Vaccination North-Western Provinces 1866-1877 - 1866-1877
Year: 1866
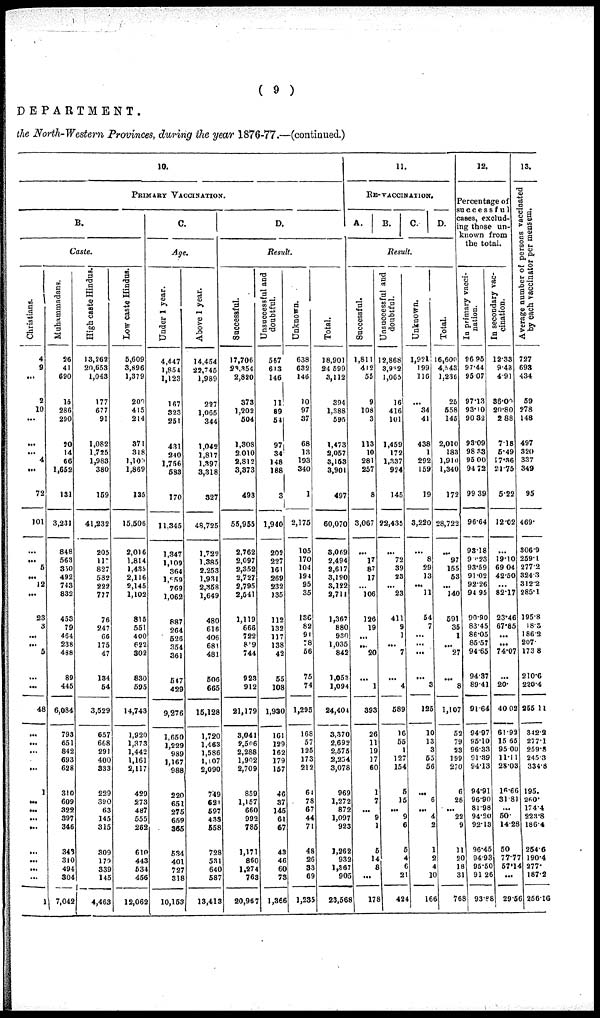
( 9 )
DEPARTMENT.
the North-Western Provinces, during the year 1876-77.—(continued.)
10.
PRIMARY VACCINATION.
B.
Caste.
Christians.
4
9
...
2
10
...
...
...
4
...
72
101
...
...
5
...
12
...
23
3
...
...
5
...
...
48
...
...
...
...
1
...
...
...
...
...
...
...
...
1
Muhammadans.
26
41
690
15
286
290
20
14
66
1,652
131
3,231
848
563
350
492
743
832
453
79
464
238
488
89
445
6,084
793
651
842
693
628
310
609
322
397
346
343
310
494
304
7,042
High caste Hindus.
13,262
20,653
1,043
177
577
91
1,082
1,725
1,983
380
159
41,232
205
117
827
582
222
777
76
247
66
175
47
134
54
3,529
657
668
291
400
333
229
390
63
145
315
309
179
339
145
4,463
Low caste Hindus.
5,609
3,896
1,379
200
415
214
371
318
1,100
1,869
135
15,506
2,016
1,814
1,435
2,116
2,145
1,102
815
551
400
622
302
830
595
14,743
1,920
1,373
1,442
1,161
2,117
429
273
487
555
262
610
443
534
456
12,062
C.
Age.
Under 1 year.
4,447
1,854
1,123
167
323
251
431
240
1,756
583
170
11,345
1,347
1,109
364
l,359
769
1,062
887
264
526
354
361
547
429
9,276
1,650
1,229
989
1,167
988
220
651
275
659
365
534
401
727
318
10,153
Above 1 year.
14,454
22,745
1,989
227
1,065
344
1,042
1,817
1,397
3,318
327
48,725
1,722
1,385
2,253
1,931
2,358
1,649
480
616
406
681
481
506
665
15,128
1,720
1,463
1,586
1,107
2,090
749
621
597
438
558
728
531
640
587
13,413
D.
Result.
Successful.
17,706
23,354
2,820
373
1,202
504
1,308
2,010
2,815
3,373
493
55,955
2,762
2,097
2,352
2,727
2,795
2,541
1,119
666
722
819
744
923
912
21,179
3,041
2,506
2,288
1,902
2,709
859
1,157
660
992
785
1,171
860
1,274
763
20,967
Unsuccessful and
doubtful.
557
613
146
11
89
54
97
34
148
188
3
1,940
202
227
161
269
232
135
112
132
117
138
42
55
108
1,930
161
129
162
179
157
46
37
145
61
67
43
46
60
73
1,366
Unknown.
638
632
146
10
97
37
68
13
193
340
1
2,175
105
170
104
194
95
35
136
82
91
78
56
75
74
1,295
168
57
125
173
212
64
78
67
44
71
48
26
33
69
1,235
Total.
18,901
24,599
3,112
394
1,388
595
1,473
2,057
3,153
3,901
497
60,070
3,069
2,494
2,617
3,190
3,122
2,711
1,367
880
930
1,035
842
1,053
1,094
24,404
3,370
2,692
2,575
2,254
3,078
969
1,272
872
1,097
923
1,262
932
1,367
905
23,568
11.
RE-VACCINATION.
A.
B.
C.
D.
Result.
Successful.
1,811
412
55
9
108
3
113
10
281
257
8
3,067
...
17
87
17
...
106
126
19
...
...
20
...
1
393
26
11
19
17
60
1
7
...
9
1
5
14
8
...
178
Unsuccessful and
doubtful.
12,868
3,932
1,065
16
416
101
1,459
172
1,337
924
145
22,435
...
72
39
23
...
23
411
9
1
...
7
...
4
589
16
55
1
127
154
5
15
...
9
6
5
4
6
21
424
Unknown.
1,921
199
116
...
34
41
438
1
292
159
19
3,220
...
8
29
13
...
11
54
7
...
...
...
...
3
125
10
13
3
55
56
...
6
...
4
2
1
2
4
10
166
Total.
16,600
4,543
1,236
25
558
145
2,010
183
1,910
1,340
172
28,722
...
97
155
53
...
140
591
35
1
...
27
...
8
1,107
52
79
23
199
270
6
28
...
22
9
11
20
18
31
768
12.
Percentage of
successful
cases, exclud-
--- those un-
known from
the total.
In primary vacci-
nation.
96.95
97.44
95.07
97.13
93.10
90.32
93.09
98.33
95.00
94.72
99.39
96.64
93.18
93.23
93.59
91.02
92.26
94.95
90.90
83.45
86.05
85.57
94.65
94.37
89.41
91.64
94.97
95.10
96.33
91.39
94.13
94.91
96.90
81.98
94.20
92.13
96.45
94.93
95.50
91.26
93.88
In secondary vac-
cination.
12.33
9.43
4.91
36.00
20.80
2.88
7.18
5.49
17.36
21.75
5.22
12.02
...
19.10
69.04
42.50
...
82.17
23.46
67.85
...
...
74.07
...
20.
40.02
61.92
15.65
95.00
11.11
28.03
16.66
31.81
...
50.
14.28
50
77.77
57.14
...
29.56
13.
Average number of persons vaccinated
by each vaccinator per mensem.
727
693
434
59
278
148
497
320
337
349
95
469.
306.9
259.1
277.2 324.3
312.2
285.1
195.8
18.3
186.2
207.
173.8
210.6
220.4
255.11
342.2
277.1
259.8
245.3
334.8
195.
260.
174.4
223.8
186.4
254.6
190.4
277.
187.2
256.16